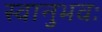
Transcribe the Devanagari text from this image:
स्वानुभवः